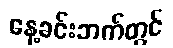
နေ့ခင်းဘက်တွင်